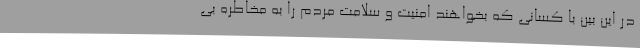
در این بین با کسانی که بخواهند امنیت و سلامت مردم را به مخاطره بی